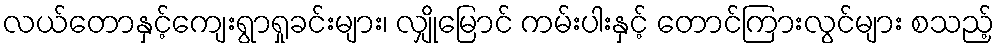
လယ်တောနှင့်ကျေးရွာရှုခင်းများ၊ လျှိုမြောင် ကမ်းပါးနှင့် တောင်ကြားလွင်များ စသည့်